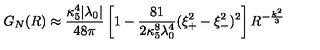
G _ { N } ( R ) \approx { \frac { \kappa _ { 5 } ^ { 4 } | \lambda _ { 0 } | } { 4 8 \pi } } \left[ 1 - { \frac { 8 1 } { 2 \kappa _ { 5 } ^ { 8 } \lambda _ { 0 } ^ { 4 } } } ( \xi _ { + } ^ { 2 } - \xi _ { - } ^ { 2 } ) ^ { 2 } \right] R ^ { - \frac { k ^ { 2 } } { 3 } }